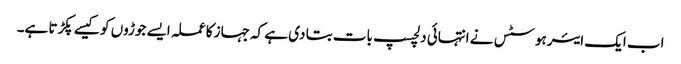
اب ایک ایئرہوسٹس نے انتہائی دلچسپ بات بتا دی ہے کہ جہاز کا عملہ ایسے جوڑوں کو کیسے پکڑتا ہے۔